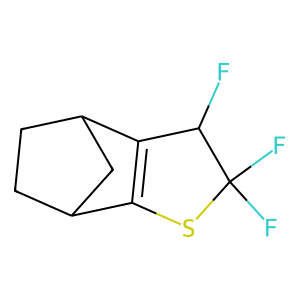
SMILES: FC1C2=C(SC1(F)F)C1CCC2C1
Inhibits HIV replication: No